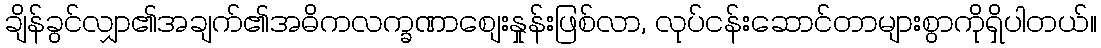
ချိန်ခွင်လျှာ၏အချက်၏အဓိကလက္ခဏာစျေးနှုန်းဖြစ်လာ, လုပ်ငန်းဆောင်တာများစွာကိုရှိပါတယ်။